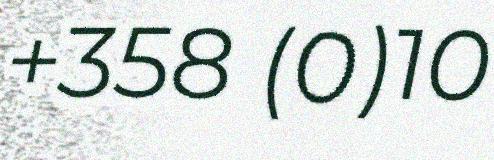
+358 (0)10